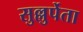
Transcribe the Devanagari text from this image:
सुल्लुर्पेता